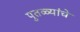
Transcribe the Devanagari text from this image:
पुतळ्यांचे